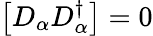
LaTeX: \left[D_{\alpha}D_{\alpha}^{\dagger}\right]=0